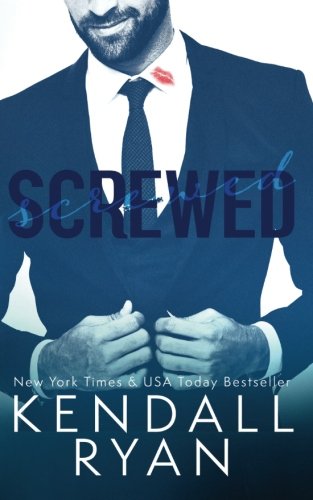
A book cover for Screwed; Kendall Ryan; Romance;